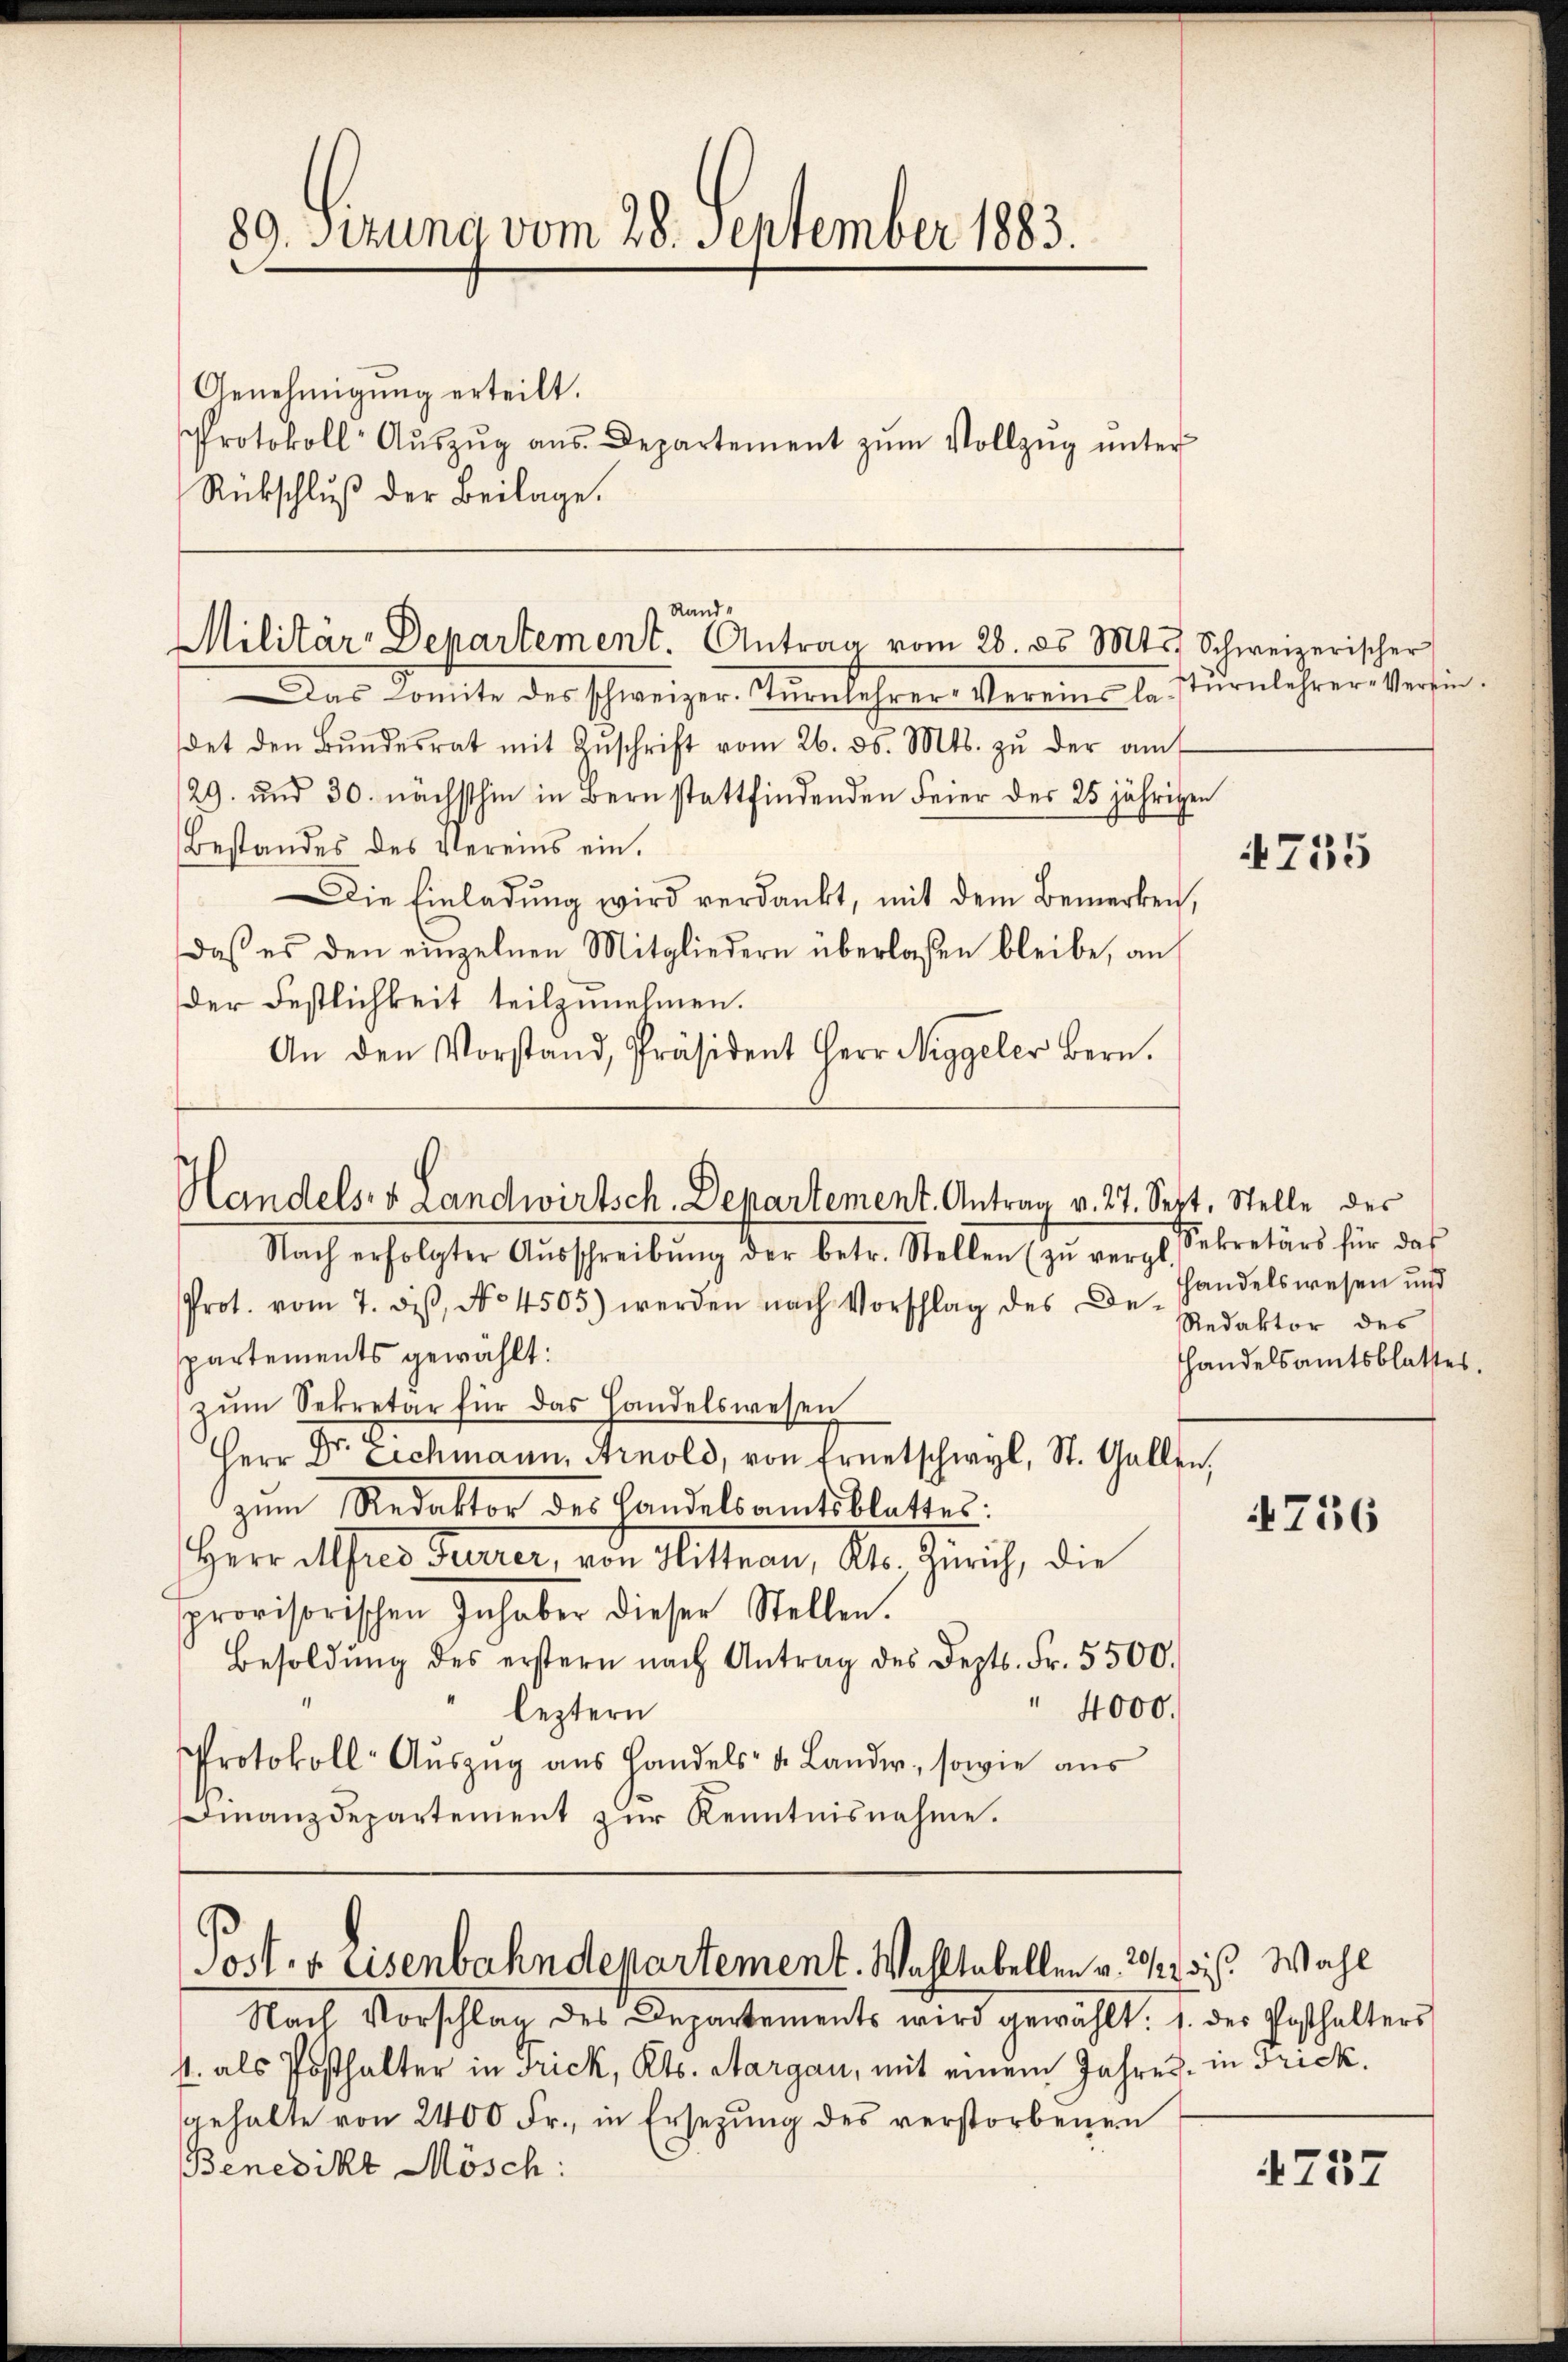
89. Sizung vom 28. September 1883.
Genehmigung erteilt.
Protokoll- Aŭszŭg ans. Departement zŭm Vollzŭg ŭnter
Rückschluß der Beilage.

Das Comite des schweizer Turnlehrer-Vereins la sturnlehrer Versindet den Bŭndesrat mit Zŭschrift vom 26. ds. Mts. zŭ der amt
129. und 30. nächsthin in Bern stattfindenden Feier des 25 jährigen
Bestandes des Vereins ein.
Die Einladung wird verdankt, mit dem Bemerken,
daβ es den einzelnen Mitgliedern überlaßen bleibe, an
der Festlichkeit teilzunehmen.
An den Vorstand, Präsident Herr Niggeler Bern.

Rande
Militär-Departement. Antrag vom 28. ds. Mts. Schweizerischer

Handels- & Landwirtsch, Departement. Antrag v. 27. Sept. Stelle der

Nach erfolgter Aŭsschreibŭng der betr. Stellen (zŭ vergl.
Prot. vom 7. diβ, No 4505) werden nach Vorschlag des Dr. Redaktor des
partements gewählt:
zŭm Sekretär für das Handelswesen
Herr Dr. Eichmann, Arnold, von Ernetschwyl, St. Gallen,
zŭm Redaktor des Handelsamtsblattes:
Herr Astes Feuerer, von Hittnau, Kt. Zürich, die
provisorischen Inhaber dieser Stellen.
Besoldŭng des erstern nach Antrag des Depts. Fr. 5500.
" 4000.
leztern
Protokoll-Aŭszŭg ans Handels- u. Lander, sowie aŭs
inanzdepartement zŭr Kenntnisnahme.

Poster Eisenbahndepartement. Wohltabellen v. 2. ds. Wahl

Nach Vorschlag des Departements wird gewählt: 1. des Posthalters
s. als Posthalter in Frick, Kts. Aargau, mit einem Jahres, in Frick,
gehalte von 2400 Fr., in Ersetzŭng des verstorbenen
Benedikt Mösch:

4755

Sekretärs für das
handelswesen und
handelsamtsblattes.

4736

757